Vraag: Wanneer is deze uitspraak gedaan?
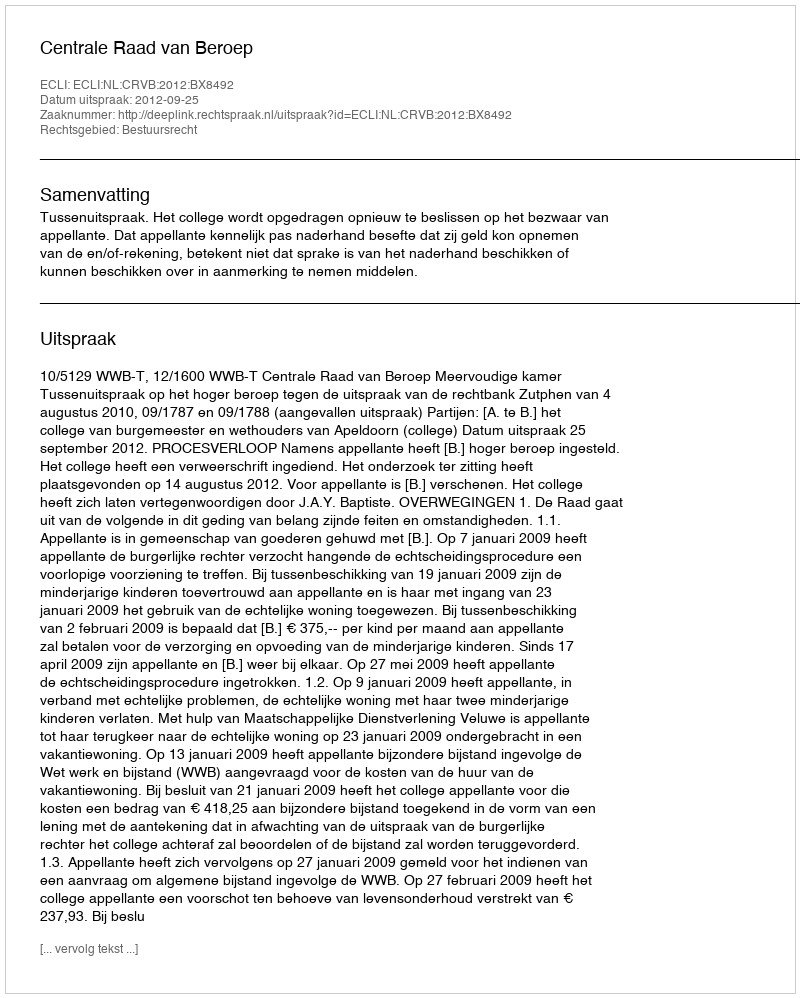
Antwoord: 2012-09-25